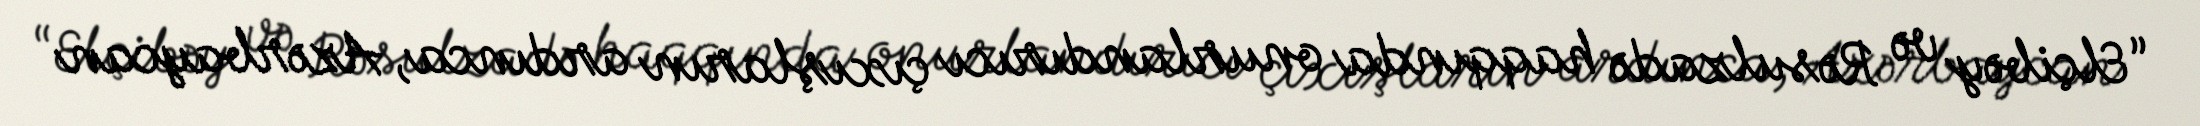
“Elçibəy və Rəsulzadə haqqında onurlandırıcı çıxışların ardınca, Azərbaycan